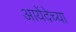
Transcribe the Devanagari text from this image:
आयेंदेच्या